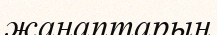
жанаптарын